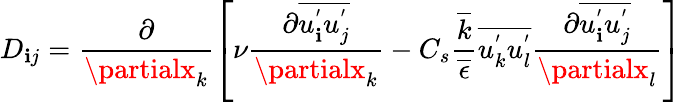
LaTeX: D_{\mathbf{i}j}=\frac{{\partial}}{{\partialx_{k}}}\left[\nu\frac{{\partial\overline{{{u_{\mathbf{i}}^{'}u_{j}^{'}}}}}}{{\partialx_{k}}}-C_{s}\frac{{\overline{{{k}}}}}{{\overline{{{\epsilon}}}}}\overline{{{u_{k}^{'}u_{l}^{'}}}}\frac{{\partial\overline{{{u_{\mathbf{i}}^{'}u_{j}^{'}}}}}}{{\partialx_{l}}}\right]